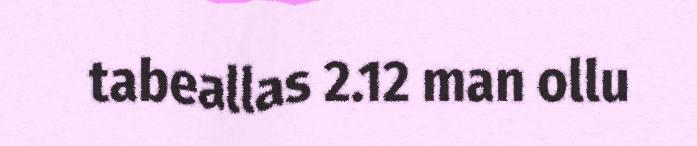
tabeallas 2.12 man ollu